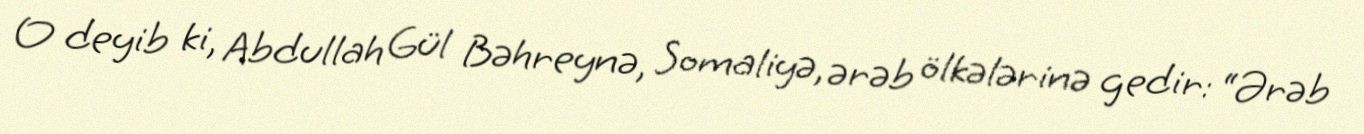
O deyib ki, Abdullah Gül Bəhreynə, Somaliyə, ərəb ölkələrinə gedir: “Ərəb